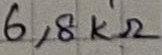
Text: 6,8KΩ